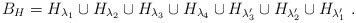
\begin{align*}B_H = H_{\lambda_1}\cup H_{\lambda_2}\cup H_{\lambda_3}\cup H_{\lambda_4}\cup H_{\lambda_3'}\cup H_{\lambda_2'}\cup H_{\lambda_1'} \ .\end{align*}